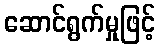
ဆောင်ရွက်မှုဖြင့်